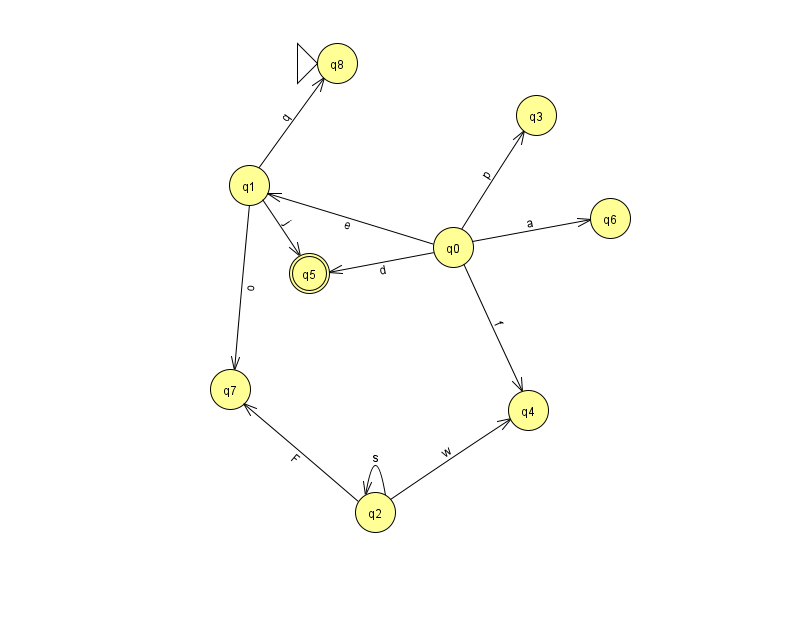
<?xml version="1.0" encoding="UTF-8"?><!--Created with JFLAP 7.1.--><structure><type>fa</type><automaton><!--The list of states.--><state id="0" name="q0"><x>453.0</x><y>234.0</y></state><state id="1" name="q1"><x>249.0</x><y>172.0</y></state><state id="2" name="q2"><x>375.0</x><y>499.0</y></state><state id="3" name="q3"><x>536.0</x><y>102.0</y></state><state id="4" name="q4"><x>528.0</x><y>397.0</y></state><state id="5" name="q5"><x>309.0</x><y>260.0</y><final/></state><state id="6" name="q6"><x>610.0</x><y>205.0</y></state><state id="7" name="q7"><x>230.0</x><y>376.0</y></state><state id="8" name="q8"><x>337.0</x><y>50.0</y><initial/></state><!--The list of transitions.--><transition><from>0</from><to>4</to><read>f</read></transition><transition><from>2</from><to>2</to><read>s</read></transition><transition><from>0</from><to>1</to><read>e</read></transition><transition><from>1</from><to>8</to><read>q</read></transition><transition><from>0</from><to>5</to><read>d</read></transition><transition><from>1</from><to>5</to><read>j</read></transition><transition><from>1</from><to>7</to><read>o</read></transition><transition><from>0</from><to>3</to><read>p</read></transition><transition><from>2</from><to>7</to><read>F</read></transition><transition><from>2</from><to>4</to><read>w</read></transition><transition><from>0</from><to>6</to><read>a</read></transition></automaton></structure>